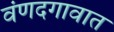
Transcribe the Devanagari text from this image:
वंणदगावात